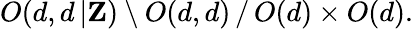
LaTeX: O(d,d\, |{\mathbf Z})\setminus O(d,d)\, /\, O(d)\times O(d).